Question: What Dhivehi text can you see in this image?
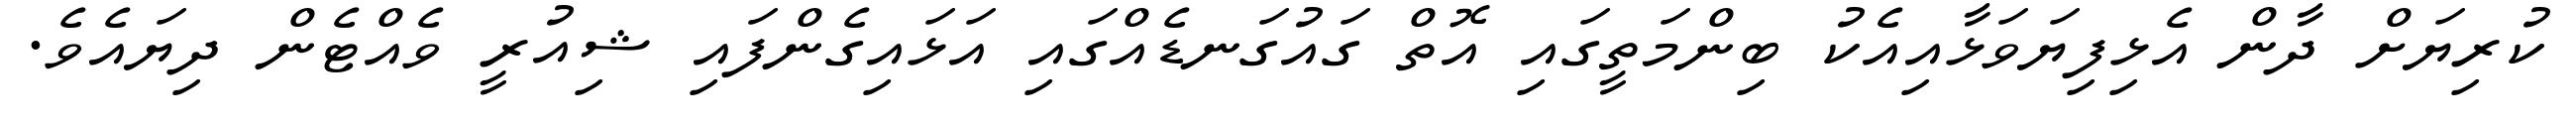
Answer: ކުރިޔަށް ދާން އެޅިފިޔަވަޅާއިއެކު ބިންމަތީގައި އޮތް ގައުގަނޑެއްގައި އަޅައިގެންފައި ޝިއުރީ ވެއްޓެން ދިޔައެވެ.